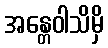
အန္တေဝါသိမှိ